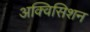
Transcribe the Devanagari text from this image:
अक्विसिशन